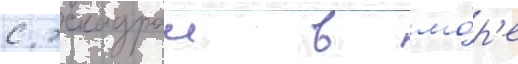
с эскадрои в мо́р'е